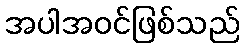
အပါအဝင်ဖြစ်သည်